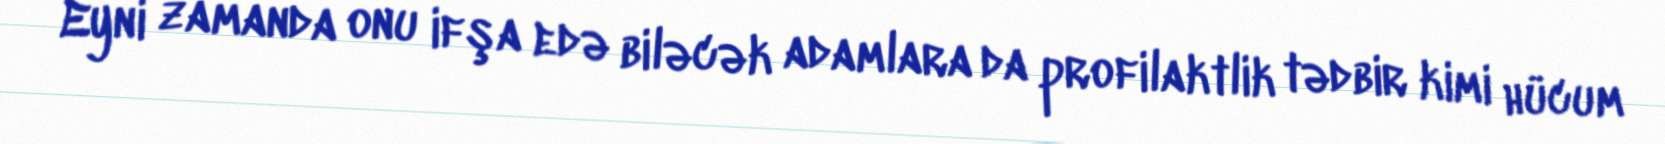
Eyni zamanda onu ifşa edə biləcək adamlara da profilaktlik tədbir kimi hücum